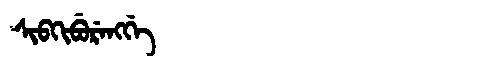
Manchu: ᠰᡳᠪᡴᡳᠪᡠᡵᡝᠩᡤᡝ
Romanization: SIBKIBURENGGE